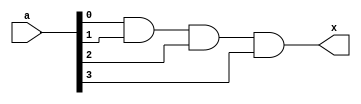
`timescale 1ns/1ns

module and_bit(a,x);

input [3:0] a;
output x;

assign x = (a[0] & a[1] & a[2] & a[3]);

endmodule